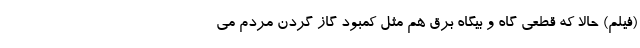
(فیلم) حالا که قطعی گاه و بیگاه برق هم مثل کمبود گاز گردن مردم می